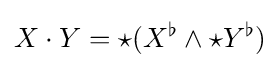
X\cdot Y={\star }(X^{\flat }\wedge {\star }Y^{\flat })